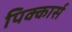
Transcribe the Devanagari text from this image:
पिक्कार्स